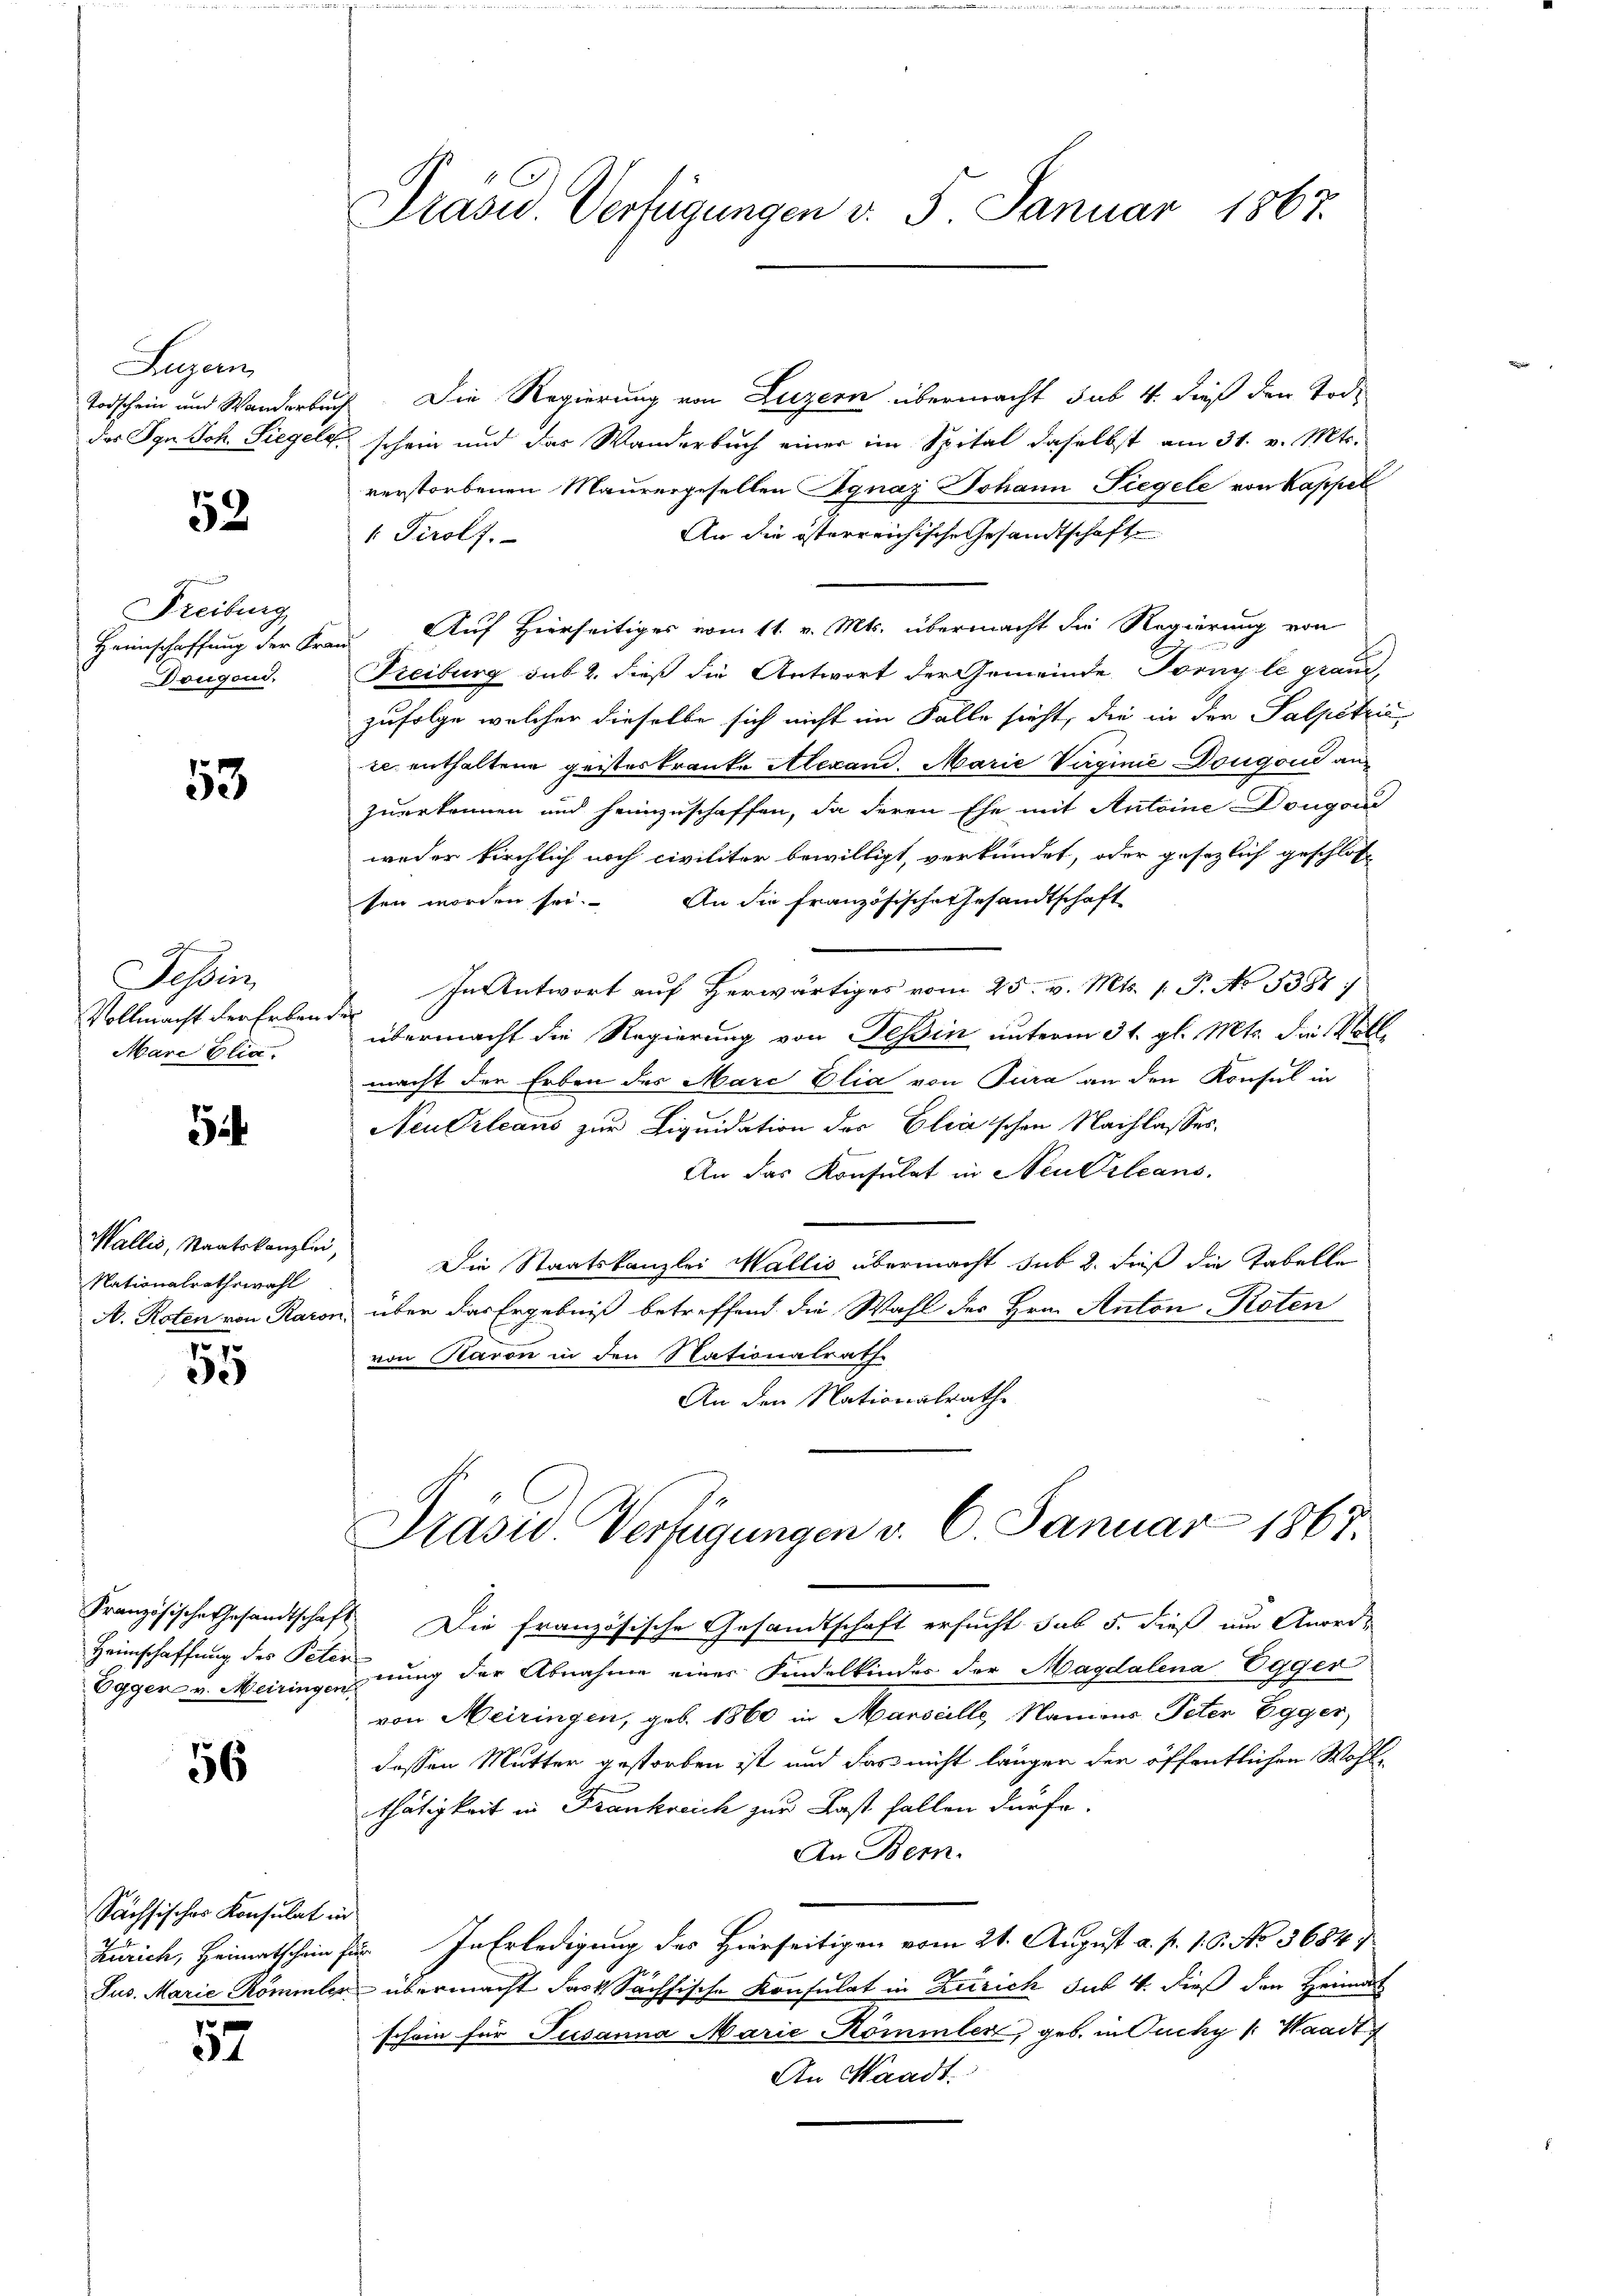
Luzan
Todschein und Wanderbac
das Syn. Joh. Siegelg.

52.

Freiburg
Heimschaffung der Kra
Dougond,

53

h
Tessin
Vollmacht der Erbend
Mare Elia.

.

Wallis, Staatskanzlei,
Nationalrathswahl
A. Roten von Raron

55

Heimschaffung des Peter

56

Sächsischer Konsulat in

57

Präsid. Verfügungen v. 5. Januar 1863.

7 Die Regierung von Luzern übermacht sub 4. dieß den Tode
schein und das Wanderbuch einer im Spital daselbst am 31. v. Mts.
verstorbenen Maurergesellen Agnaz Johann Siegele von Kappel
An die österreichische Gesandtschaft
1 Perolf.
Auf Hierseitiges vom 11. v. Mts. übermacht die Regierung von
Freiburg sub 2. dieß die Antwort der Gemeinde Tornyle graud,
zufolge welcher dieselbe sich nicht im Falle sieht, die in der Salpetzić
ze enthaltene geisteskranke Alexand. Marie Vaginie Dougoud auf
zuerkennen und heimzuschaffen, da deren Ehe mit Antoine Dougan
weder kirchlich noch civilitor bewilligt, verkündet, oder gesezlich geschlos
ten worden sei. An die französische Gesandtschaft
In Antwort auf herwärtiges vom 25. v. Mts. 1. P. No 1387 :/
übermacht die Regierung von Teßin unterm 31. gl. Mts. die Vollmacht der Erben des Mare Elia von Tura an den Konsul in
Neu Orleans zur Liquidation der Eliaischen Nachlasses.
An das Konsulat in Neukleans
Die Staatskanzlei Wallis übermacht sub 2. dieß die Tabelle
über das Ergebniß betreffend die Wahl des Hrn. Anton Roten
von Raron in den Nationalrath
An den Nationalrath

Präsid. Verfügungen v. 6. Januar 1867.

Französische Gesandtschaft. Die französische Gesandtschaft ersucht sub 5. dieß um Anord¬
Eggen u. Meiringen dung der Abnahme einer Kindelkindes der Magdalena Egger
von Meiringen, geb. 1860 in Marseille, Namens Peter Egger,
dessen Mutter gestorben ist und das nicht längen der öffentlichen Wohl
thätigkeit in Frankreich zur Last fallen dürfe.
An Bern.
Zürich, Heimatschein für In Erledigung des Hierseitigen vom 21. August a. p. 1. 6. No 3684)
Jus. Marie Römmler übermacht das Sächsische Konsulat in Zürich sub 4. dieß den Heimat
schein für Susanna Marie Kömmler, geb. in Fuchy (: Waadt
An Waadt.